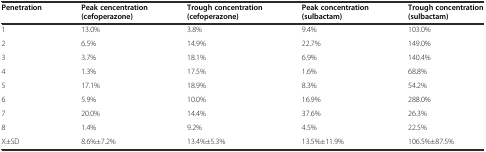
| Penetration | Peak cencentration (cefoperazone) | Trough concentration (cefoperazone) | Peak concentration (sulbactam) | Trough concentration (sulbactam) |
 | --- | --- | --- | --- | --- |
 | 1 | 13.0% | 3.8% | 9.4% | 103.0% |
 | 2 | 6.5% | 14.9% | 22.7% | 149.0% |
 | 3 | 3.7% | 18.1% | 6.9% | 140.4% |
 | 4 | 1.3% | 17.5% | 1.6% | 68.8% |
 | 5 | 17.1% | 18.9% | 8.3% | 54.2% |
 | 6 | 5.9% | 10.0% | 16.9% | 288.0% |
 | 7 | 20.0% | 14.4% | 37.6% | 26.3% |
 | 8 | 1.4% | 9.2% | 4.5% | 22.5% |
 | X±SD | 8.6%±7.2% | 13.4%±5.3% | 13.5%±11.9% | 106.5%±87.5% |